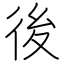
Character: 後